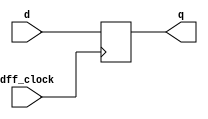
`timescale 1ns / 1ps
//////////////////////////////////////////////////////////////////////////////////
// Company: 
// Engineer: 
// 
// Design Name: 
// Module Name: single_dff
// Project Name: 
// Target Devices: 
// Tool Versions: 
// Description: 
// 
// Dependencies: 
// 
// Revision:
// Revision 0.01 - File Created
// Additional Comments:
// 
//////////////////////////////////////////////////////////////////////////////////


module single_dff(input dff_clock, input d, output reg q);
    always @ (posedge dff_clock) begin
        q <= d;
    end
endmodule